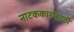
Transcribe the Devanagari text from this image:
नाटककारांसाठी